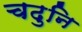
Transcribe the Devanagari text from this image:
चढुनि